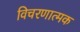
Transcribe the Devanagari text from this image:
विचरणात्मक